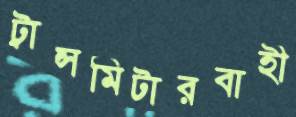
ট্রান্সমিটারবাহী